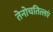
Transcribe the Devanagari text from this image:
तेनोचतित्लएं